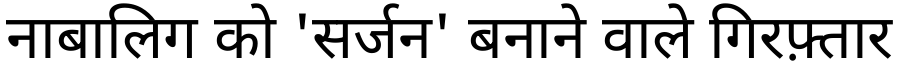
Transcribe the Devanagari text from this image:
नाबालिग को 'सर्जन' बनाने वाले गिरफ़्तार